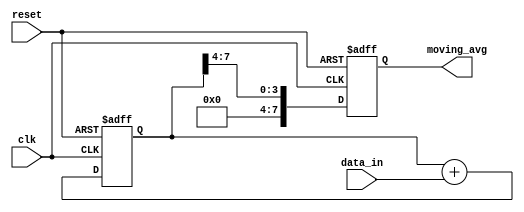
module exp_mov_avg_accum (
    input clk,
    input reset,
    input [7:0] data_in,
    output reg [7:0] moving_avg
);

reg [7:0] accumulator;

parameter SMTH_FACTOR = 4; // specify the smoothing factor

always @ (posedge clk or posedge reset) begin
    if (reset) begin
        accumulator <= 0;
        moving_avg <= 0;
    end else begin
        accumulator <= accumulator + data_in;
        moving_avg <= accumulator >> SMTH_FACTOR;
    end
end

endmodule